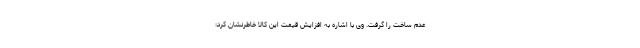
عدم ساخت را گرفت. وی با اشاره به افزایش قیمت این کالا خاطرنشان کرد: